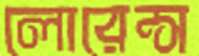
লোরেন্স